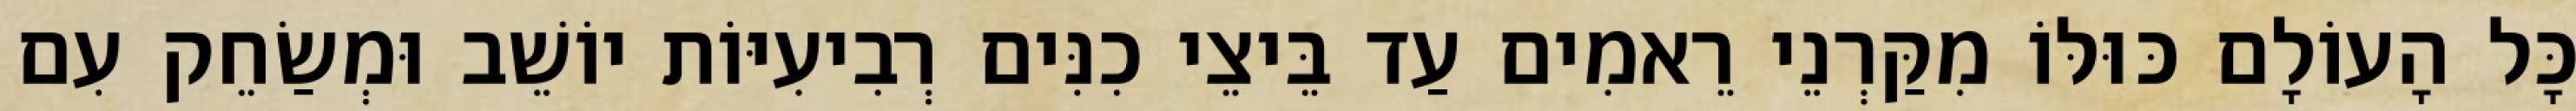
כָּל הָעוֹלָם כּוּלּוֹ מִקַּרְנֵי רֵאמִים עַד בֵּיצֵי כִנִּים רְבִיעִיּוֹת יוֹשֵׁב וּמְשַׂחֵק עִם